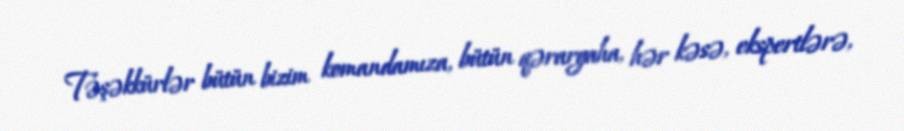
Təşəkkürlər bütün bizim komandamıza, bütün qərargaha, hər kəsə, ekspertlərə,